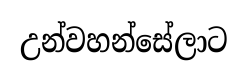
උන්වහන්සේලාට